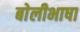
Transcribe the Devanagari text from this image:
बाेलीभाषा